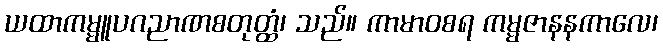
ယထာကမ္မူပဂညာဏစတုတ္ထံ၊ သည်။ ကာမာဝစရ ကမ္မဇာနနကာလေ၊